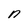
Character: n